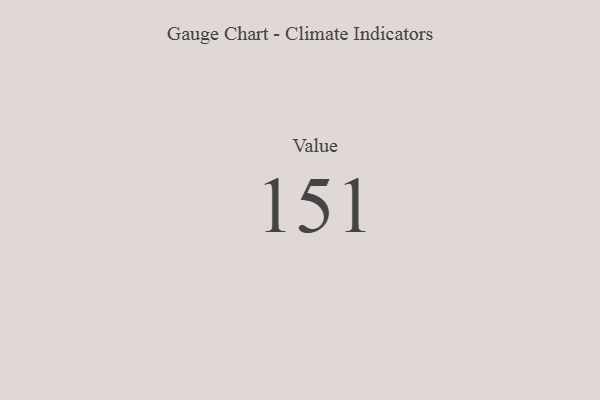
{"axis": {"x": "Metric", "y": "Value"}, "legend": [""], "data": [{"x": "Value", "y": 151, "type": ""}]}